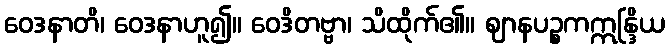
ဝေဒနာတိ၊ ဝေဒနာဟူ၍။ ဝေဒိတဗ္ဗာ၊ သိထိုက်၏။ ဈာနပဉ္စကဣန္ဒြိယ